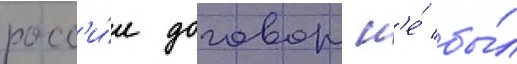
росс'и́и договор н'е́ бы́л